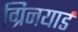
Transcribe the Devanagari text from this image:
ग्रिनयार्ड